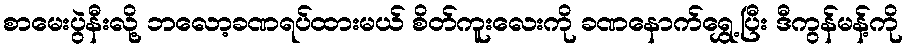
စာမေးပွဲနီးလို့ ဘလော့ခဏရပ်ထားမယ် စိတ်ကူးလေးကို ခဏနောက်ရွှေ့ပြီး ဒီကွန်မန့်ကို